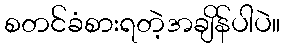
စတင်ခံစားရတဲ့အချိန်ပါပဲ။